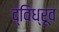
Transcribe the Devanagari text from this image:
द्विध्रूव